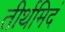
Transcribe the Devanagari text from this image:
तीर्थमिदं